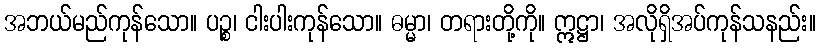
အဘယ်မည်ကုန်သော။ ပဉ္စ၊ ငါးပါးကုန်သော။ ဓမ္မာ၊ တရားတို့ကို။ ဣဋ္ဌာ၊ အလိုရှိအပ်ကုန်သနည်း။